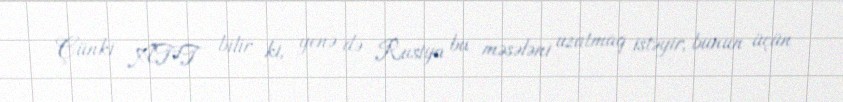
Çünki ATƏT bilir ki, yenə də Rusiya bu məsələni uzatmaq istəyir, bunun üçün